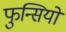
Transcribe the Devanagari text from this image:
फुन्सियों